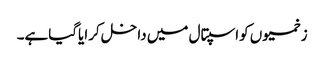
زخمیوں کواسپتال میں داخل کرایاگیاہے۔